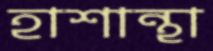
হাশান্থা